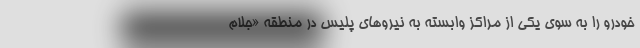
خودرو را به سوی یکی از مراکز وابسته به نیروهای پلیس در منطقه «جلام